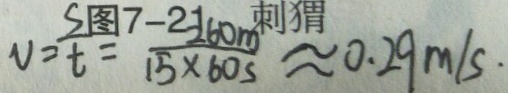
v = \frac { s } { t } = \frac { 2 6 0 m } { 1 5 \times 6 0 s } \approx 0 . 2 9 m / s